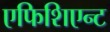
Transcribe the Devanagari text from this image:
एफिशिएन्ट